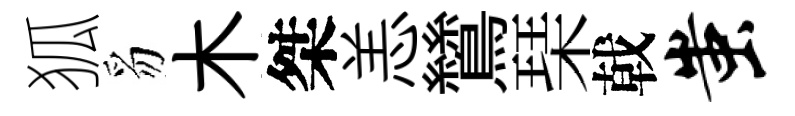
狐豸木桀恙鷥琹戟蚩